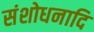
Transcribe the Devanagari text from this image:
संशोधनादि